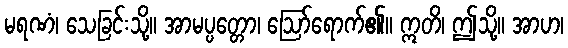
မရဏံ၊ သေခြင်းသို့။ အာမပ္ပတ္တော၊ ဩော်ရောက်၏။ ဣတိ၊ ဤသို့။ အာဟ၊